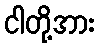
ငါတို့အား